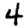
Digit: 4